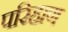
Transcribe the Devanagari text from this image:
परिहाण